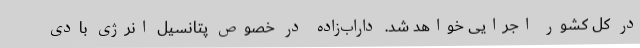
در کل کشور اجرایی خواهد شد. داراب‌زاده در خصوص پتانسیل انرژی بادی